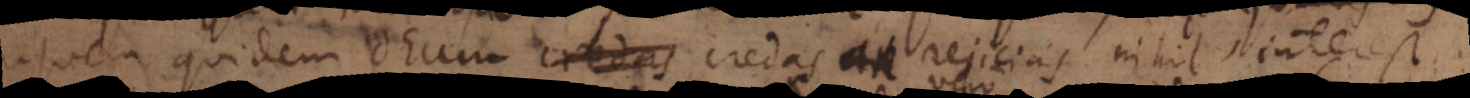
quem quidem Deum credas et an rejicias nihil interest